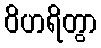
ဝိဟရိတွာ